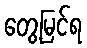
တွေ့မြင်ရ